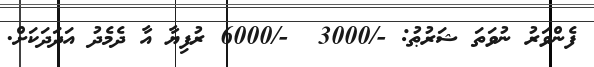
ފެންވަރު ނުވަތަ ޝަރުޠު: -/3000  -/6000 ރުފިޔާ އާ ދެމެދު އަދަދަކަށް.